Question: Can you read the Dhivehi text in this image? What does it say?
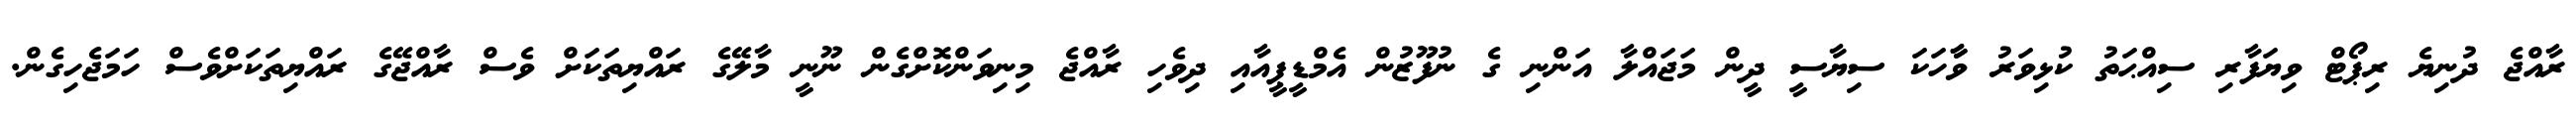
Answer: ރާއްޖެ ދުނިޔެ ރިޕޯޓް ވިޔަފާރި ސިއްޙަތު ކުޅިވަރު ވާާހަކަ ސިޔާސީ ދީން މަޖައްލާ އަންނި ގެ ނުފޫޒުން އެމްޑީޕީއާއި ދިވެހި ރާއްޖެ މިނިވަންކޮށްގެން ނޫނީ މާލޭގެ ރައްޔިތަކަށް ވެސް ރާއްޖޭގެ ރައްޔިތަކަށްވެސް ހަމަޖެހިގެން.